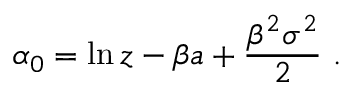
\alpha _ { 0 } = \ln z - \beta a + \frac { \beta ^ { 2 } \sigma ^ { 2 } } { 2 } \ .